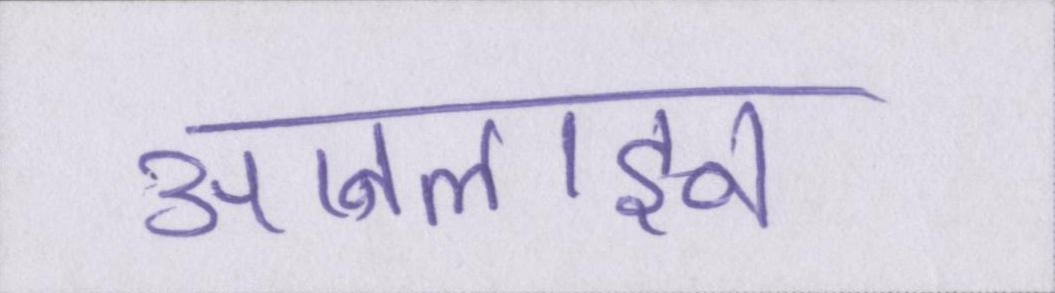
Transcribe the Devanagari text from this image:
आनलाइन